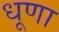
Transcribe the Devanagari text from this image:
धूणा